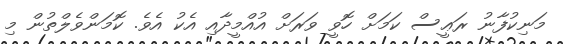
މަނިކުފާނު ރަޢީސް ކަމަށް ހޮވީ ވަރަށް އުއްމީދާއި އެކު އެވެ. ކޮމަންވެލްތުން މި